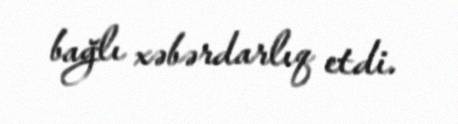
bağlı xəbərdarlıq etdi.